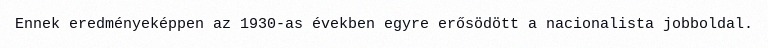
Ennek eredményeképpen az 1930-as években egyre erősödött a nacionalista jobboldal.